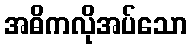
အဓိကလိုအပ်သော